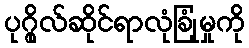
ပုဂ္ဂိုလ်ဆိုင်ရာလုံခြုံမှုကို